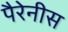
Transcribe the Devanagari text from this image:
पैरेनीस